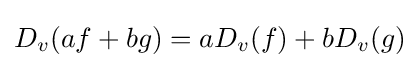
D_{v}(af+bg)=aD_{v}(f)+bD_{v}(g)